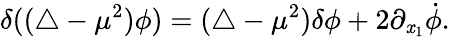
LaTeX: \delta((\triangle-\mu^{2})\phi)=(\triangle-\mu^{2})\delta\phi+2\partial_{\mathit{x}_{1}}\dot{{\phi}}.